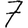
Digit: 7